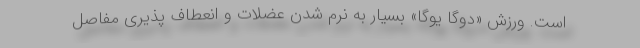
است. ورزش «دوگا یوگا» بسیار به نرم شدن عضلات و انعطاف پذیری مفاصل